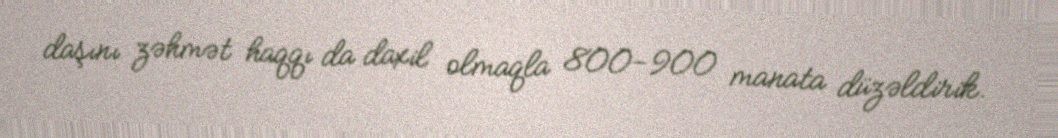
daşını zəhmət haqqı da daxil olmaqla 800-900 manata düzəldirik.